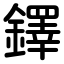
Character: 鐸